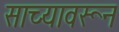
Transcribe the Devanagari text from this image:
साच्यावरून